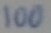
Text: 100